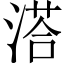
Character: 溚